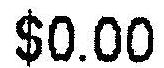
$0.00